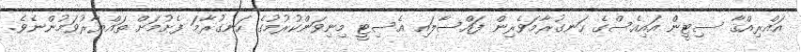
އައްރިއްޤާ ސިޓީން އައިއެސްގެ ހަނގުރާމަވެރިން ފައްސާލައި އެސިޓީ މިނިވަންކުރުމުގެ ހަނގުރާމަ ފެށުމަށް ތައްޔާރުވަމުންނެވެ.